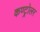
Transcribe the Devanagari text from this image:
कण्ट्रोलर